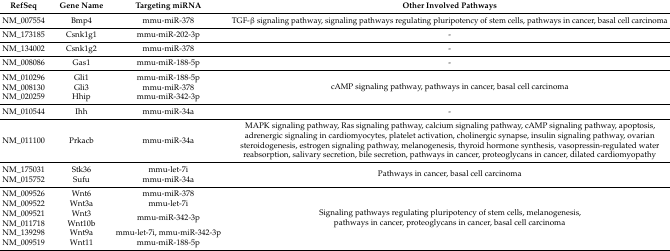
<table><thead><tr><td><b>RefSeq</b></td><td><b>Gene Name</b></td><td><b>Targeting miRNA</b></td><td><b>Other Involved Pathways</b></td></tr></thead><tbody><tr><td>NM_007554</td><td>Bmp4</td><td>mmu-miR-378</td><td>TGF-β signaling pathway, signaling pathways regulating pluripotency of stem cells, pathways in cancer, basal cell carcinoma</td></tr><tr><td>NM_173185</td><td>Csnk1g1</td><td>mmu-miR-202-3p</td><td>-</td></tr><tr><td>NM_134002</td><td>Csnk1g2</td><td>mmu-miR-378</td><td>-</td></tr><tr><td>NM_008086</td><td>Gas1</td><td>mmu-miR-188-5p</td><td>-</td></tr><tr><td>NM_010296</td><td>Gli1</td><td>mmu-miR-188-5p</td><td rowspan="3">cAMP signaling pathway, pathways in cancer, basal cell carcinoma</td></tr><tr><td>NM_008130</td><td>Gli3</td><td>mmu-miR-378</td></tr><tr><td>NM_020259</td><td>Hhip</td><td>mmu-miR-342-3p</td></tr><tr><td>NM_010544</td><td>Ihh</td><td>mmu-miR-34a</td><td>-</td></tr><tr><td>NM_011100</td><td>Prkacb</td><td>mmu-miR-34a</td><td>MAPK signaling pathway, Ras signaling pathway, calcium signaling pathway, cAMP signaling pathway, apoptosis, adrenergic signaling in cardiomyocytes, platelet activation, cholinergic synapse, insulin signaling pathway, ovarian steroidogenesis, estrogen signaling pathway, melanogenesis, thyroid hormone synthesis, vasopressin-regulated water reabsorption, salivary secretion, bile secretion, pathways in cancer, proteoglycans in cancer, dilated cardiomyopathy</td></tr><tr><td>NM_175031</td><td>Stk36</td><td>mmu-let-7i</td><td rowspan="2">Pathways in cancer, basal cell carcinoma</td></tr><tr><td>NM_015752</td><td>Sufu</td><td>mmu-miR-34a</td></tr><tr><td>NM_009526</td><td>Wnt6</td><td>mmu-miR-378</td><td rowspan="6">Signaling pathways regulating pluripotency of stem cells, melanogenesis, pathways in cancer, proteoglycans in cancer, basal cell carcinoma</td></tr><tr><td>NM_009522</td><td>Wnt3a</td><td>mmu-let-7i</td></tr><tr><td>NM_009521</td><td>Wnt3</td><td rowspan="2">mmu-miR-342-3p</td></tr><tr><td>NM_011718</td><td>Wnt10b</td></tr><tr><td>NM_139298</td><td>Wnt9a</td><td>mmu-let-7i, mmu-miR-342-3p</td></tr><tr><td>NM_009519</td><td>Wnt11</td><td>mmu-miR-188-5p</td></tr></tbody></table>